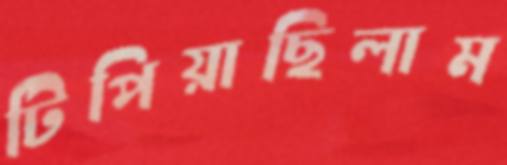
টিপিয়াছিলাম